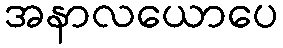
အနာလယောပေ